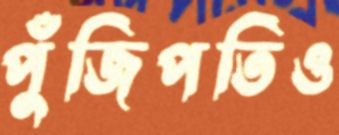
পুঁজিপতিও